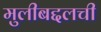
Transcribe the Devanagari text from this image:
मुलीबद्दलची